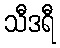
သီဒရီ